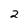
Character: 2